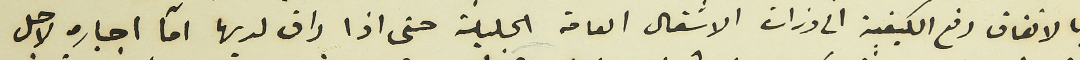
بالاتفاق رفع الكيفية الى وزارت الاشغال العامة الجليلة حتى اذا راق لديها امآ اجباره لاجل